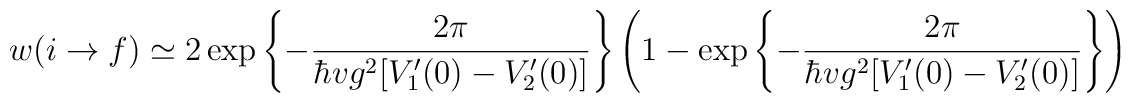
w(i\rightarrow f)\simeq   2\exp\left\{-{2\pi\over\hbar vg^2[V_1'(0)-V_2'(0)]}\right\}   \left(1-    \exp\left\{-{2\pi\over\hbar vg^2[V_1'(0)-V_2'(0)]}\right\}   \right)